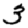
Digit: 3